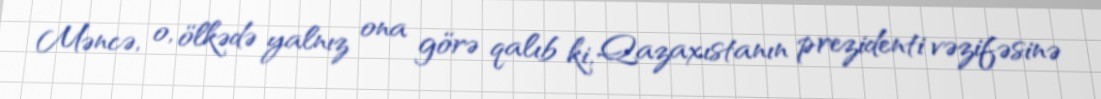
Məncə, o, ölkədə yalnız ona görə qalıb ki, Qazaxıstanın prezidenti vəzifəsinə